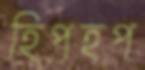
হিপহপ